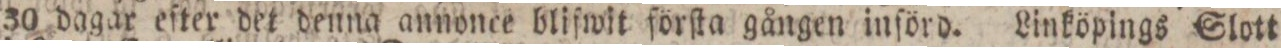
30 dagar eſter det denna annonce blifwit förſta gången införd. Linköpings Slott